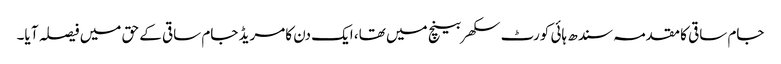
جام ساقی کا مقدمہ سندھ ہائی کورٹ سکھر بینچ میں تھا، ایک دن کامریڈ جام ساقی کے حق میں فیصلہ آ یا۔